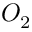
O _ { 2 }